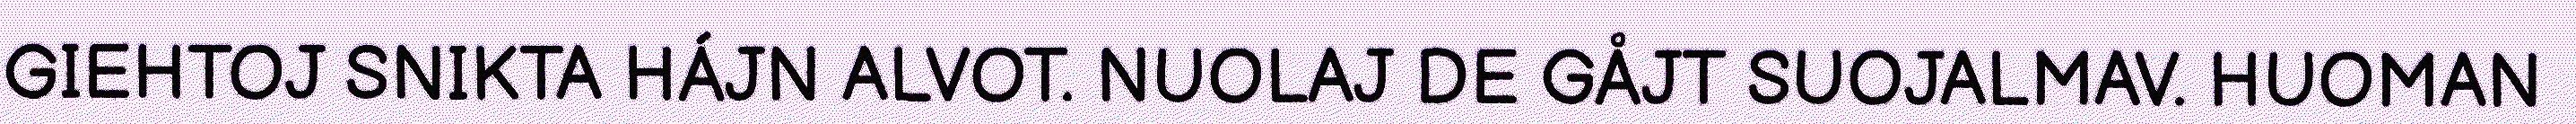
GIEHTOJ SNIKTA HÁJN ALVOT. NUOLAJ DE GÅJT SUOJALMAV. HUOMAN